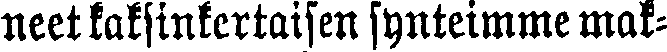
neet kaksinkertaisen synteimme mak-